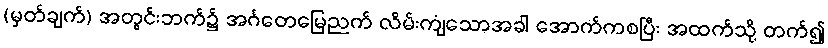
(မှတ်ချက်) အတွင်းဘက်၌ အင်္ဂတေမြေညက် လိမ်းကျံသောအခါ အောက်ကစပြီး အထက်သို့ တက်၍